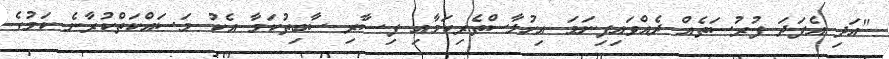
"އަދި އެފަދަ ފުރުސަތެއް ދެއްވައިފިނަމަ އިހުލާސްތެރިކަމާއި ފިސާރި ސާބިތުކަމާ އެކު މަސައްކަތްކުރާނެ ކަމުގެ